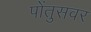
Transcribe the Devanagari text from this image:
पोंतुसवर